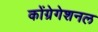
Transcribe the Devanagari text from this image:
कोंग्रेगेशनल